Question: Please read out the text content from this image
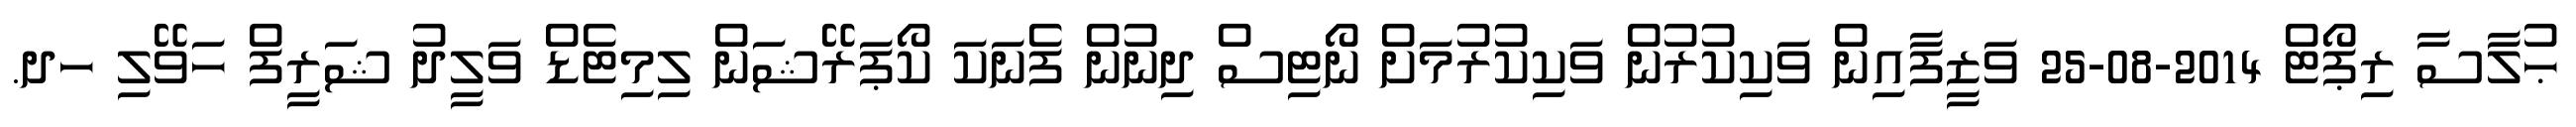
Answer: ޙުލާސާ ރިޕޯޓް 2014-08-25 ވަޒީފާއިން ވަކިކުރުން ވަކިކުރުމަށް ނޯޓިސް ދިނުން ފެނަކަ ކޯޕަރޭޝަން ލިމިޓެޑް ވަލީދު ޝަރީފް ހަވޭލި ހދ.